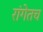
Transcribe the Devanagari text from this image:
रांगेतच